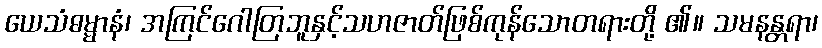
ယေသံဓမ္မာနံ၊ အကြင်ဂေါတြဘူနှင့်သဟဇာတ်ဖြစ်ကုန်သောတရားတို့ ၏။ သမနန္တရာ၊